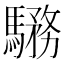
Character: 𩥎